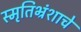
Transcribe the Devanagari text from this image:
स्मृतिभ्रंशाचे